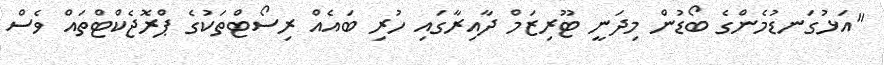
"އަޅުގަނޑުމެންގެ ބޯޑުން މިދަނީ ޓޫރިޒަމް ދާއިރާގައި ހުރި ބައެއް ރިސޯޓްތަކުގެ ޕްރޮޖެކްޓްތައް ވެސް